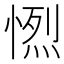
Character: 𢟏